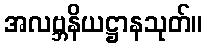
အလဗ္ဘနိယဋ္ဌာနသုတ်။